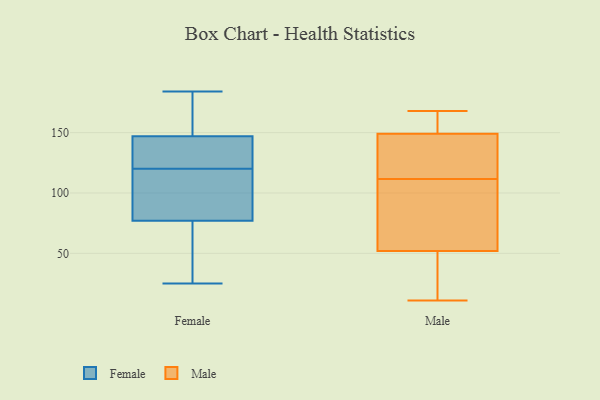
{"axis": {"x": "Net Income (USD K)", "y": "Value"}, "legend": ["Female", "Male"], "data": [{"x": "", "y": 130, "type": "Female"}, {"x": "", "y": 80, "type": "Female"}, {"x": "", "y": 77, "type": "Female"}, {"x": "", "y": 78, "type": "Female"}, {"x": "", "y": 42, "type": "Female"}, {"x": "", "y": 184, "type": "Female"}, {"x": "", "y": 147, "type": "Female"}, {"x": "", "y": 134, "type": "Female"}, {"x": "", "y": 181, "type": "Female"}, {"x": "", "y": 25, "type": "Female"}, {"x": "", "y": 183, "type": "Female"}, {"x": "", "y": 117, "type": "Female"}, {"x": "", "y": 94, "type": "Female"}, {"x": "", "y": 123, "type": "Female"}, {"x": "", "y": 60, "type": "Female"}, {"x": "", "y": 35, "type": "Female"}, {"x": "", "y": 182, "type": "Female"}, {"x": "", "y": 134, "type": "Female"}, {"x": "", "y": 120, "type": "Male"}, {"x": "", "y": 52, "type": "Male"}, {"x": "", "y": 75, "type": "Male"}, {"x": "", "y": 149, "type": "Male"}, {"x": "", "y": 11, "type": "Male"}, {"x": "", "y": 20, "type": "Male"}, {"x": "", "y": 103, "type": "Male"}, {"x": "", "y": 128, "type": "Male"}, {"x": "", "y": 168, "type": "Male"}, {"x": "", "y": 11, "type": "Male"}, {"x": "", "y": 151, "type": "Male"}, {"x": "", "y": 165, "type": "Male"}, {"x": "", "y": 90, "type": "Male"}, {"x": "", "y": 131, "type": "Male"}]}